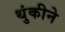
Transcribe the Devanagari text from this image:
थुंकीने